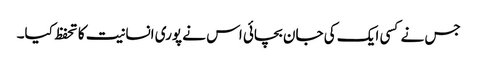
جس نے کسی ایک کی جان بچائی اس نے پوری انسانیت کا تحفظ کیا۔